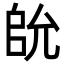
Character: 䦾